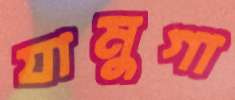
যামুগা